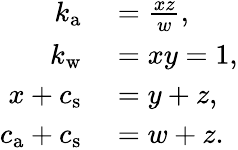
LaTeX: \begin{array}{rl}{k_{\mathrm{a}}}&{{}=\frac{xz}{w},}\\ {k_{\mathrm{w}}}&{{}=xy=1,}\\ {x+c_{\mathrm{s}}}&{{}=y+z,}\\ {c_{\mathrm{a}}+c_{\mathrm{s}}}&{{}=w+z.}\end{array}